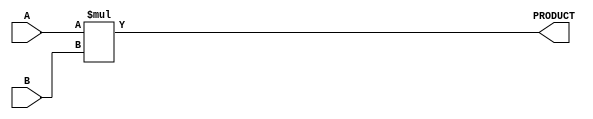
module parameterized_multiplier #(
    parameter A_WIDTH = 8,  // Bit width of the first input operand
    parameter B_WIDTH = 8   // Bit width of the second input operand
)(
    input  [A_WIDTH-1:0] A,  // First input operand
    input  [B_WIDTH-1:0] B,   // Second input operand
    output [A_WIDTH+B_WIDTH-1:0] PRODUCT  // Output product
);

    // Behavioral description of the multiplier
    assign PRODUCT = A * B;

endmodule